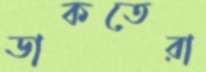
ডাকতেরা